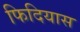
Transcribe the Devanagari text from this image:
फिदियास